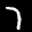
Label: 7